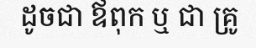
ដូចជា ឪពុក ឬ ជា គ្រូ